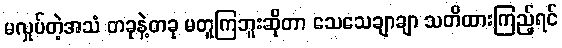
မလှုပ်တဲ့အသံ တခုနဲ့တခု မတူကြဘူးဆိုတာ သေသေချာချာ သတိထားကြည့်ရင်